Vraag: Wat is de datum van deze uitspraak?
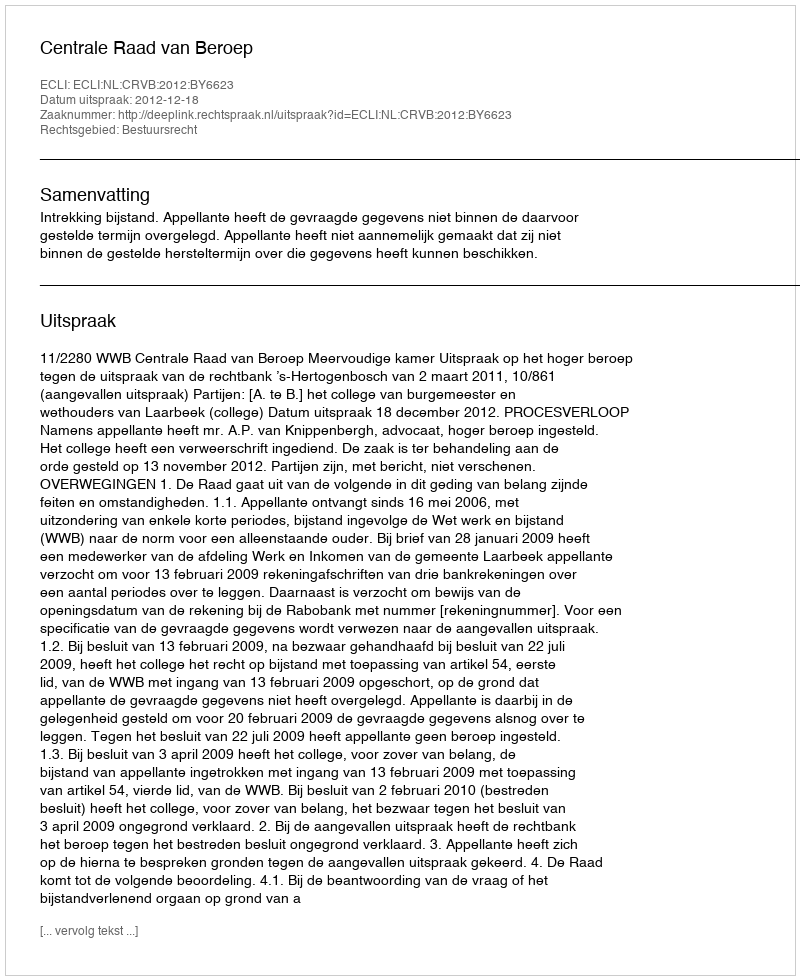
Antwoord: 2012-12-18